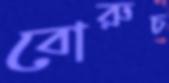
বোরুচ